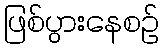
ဖြစ်ပွားနေစဉ်